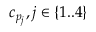
c _ { p _ { j } } , j \in \{ 1 . . 4 \}